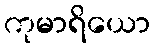
ကုမာရိယော